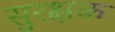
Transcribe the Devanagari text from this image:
सुरक्षक